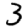
Digit: 3